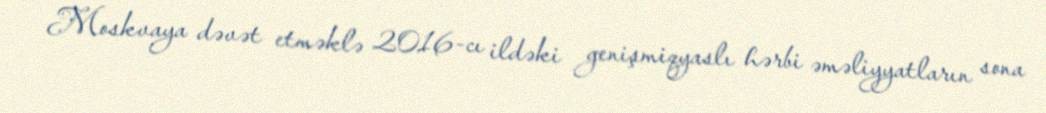
Moskvaya dəvət etməklə 2016-cı ildəki genişmiqyaslı hərbi əməliyyatların sona